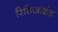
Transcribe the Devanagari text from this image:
रिडिज़ाइंड